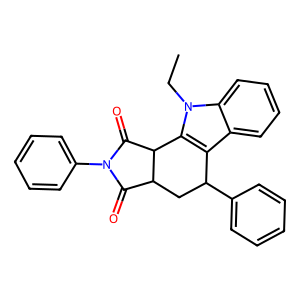
SMILES: CCn1c2c(c3ccccc31)C(c1ccccc1)CC1C(=O)N(c3ccccc3)C(=O)C21
Inhibits HIV replication: No